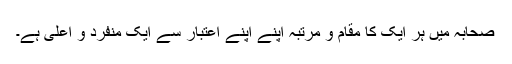
صحابہ میں ہر ایک کا مقام و مرتبہ اپنے اپنے اعتبار سے ایک منفرد و اعلیٰ ہے۔